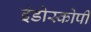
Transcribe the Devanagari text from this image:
इंडोस्कोपी